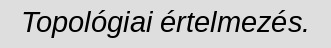
Topológiai értelmezés.